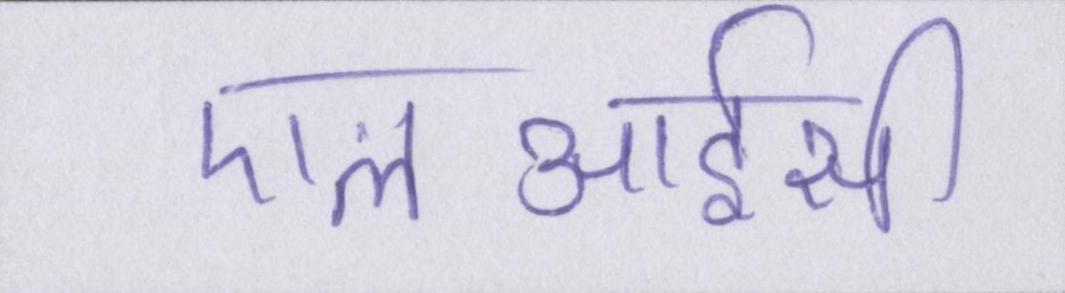
एलआईसी